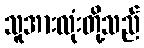
သူအားလုံးတို့သည်